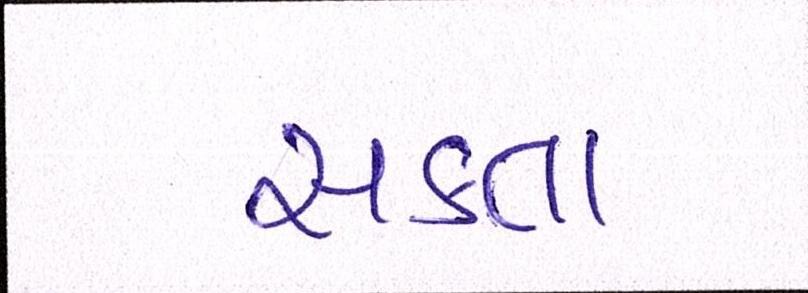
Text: સકતા